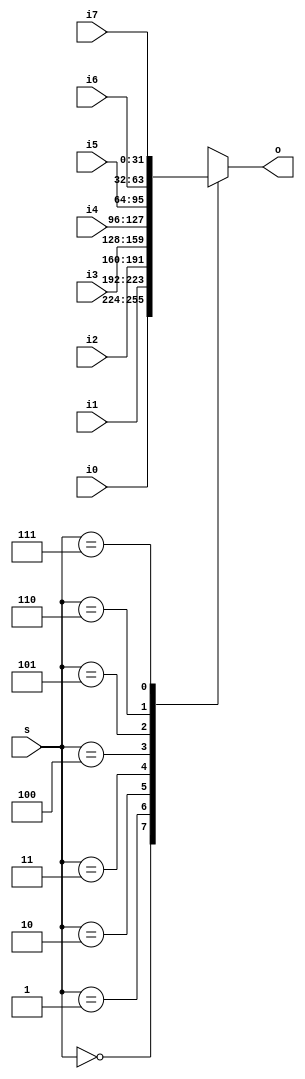
module mux8(o,i0,i1,i2,i3,i4,i5,i6,i7,s);
	input [2:0] s;
	input [31:0]i0,i1,i2,i3,i4,i5,i6,i7;
	output reg [31:0] o;
	
	always @*
	begin 
		case(s)
			3'd0:o=i0;
			3'd1:o=i1;
			3'd2:o=i2;
			3'd3:o=i3;
			3'd4:o=i4;
			3'd5:o=i5;
			3'd6:o=i6;
			3'd7:o=i7;
		endcase
	end 
	
endmodule